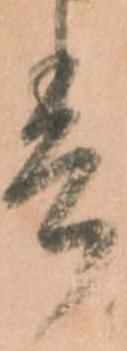
春